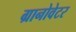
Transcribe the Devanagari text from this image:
ग्रानोवेटर